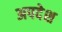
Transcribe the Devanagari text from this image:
अपदेश